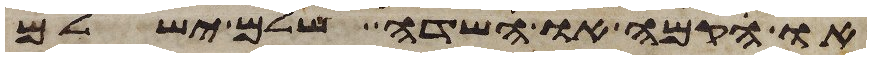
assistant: או הקמה או שדה שלם ישלם